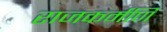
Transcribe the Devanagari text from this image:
राजकर्मणि